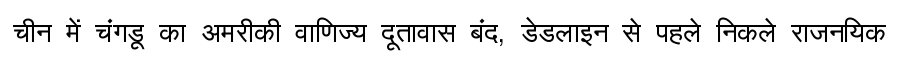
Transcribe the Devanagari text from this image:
चीन में चंगडू का अमरीकी वाणिज्य दूतावास बंद, डेडलाइन से पहले निकले राजनयिक